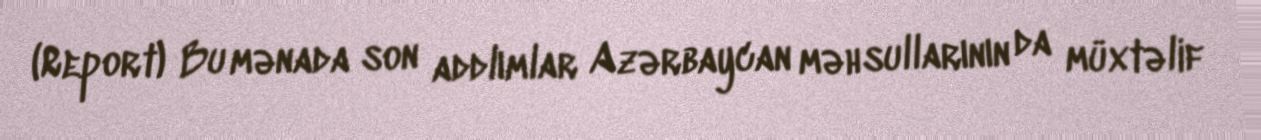
(Report) Bu mənada son addlımlar Azərbaycan məhsullarının da müxtəlif